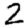
Digit: 2